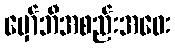
မှော်ဘီအစည်းအဝေး